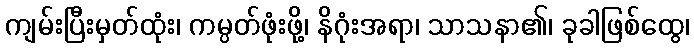
ကျမ်းပြီးမှတ်ထုံး၊ ကမ္ပတ်ဖုံးဖို့၊ နိဂုံးအရာ၊ သာသနာ၏၊ ခုခါဖြစ်ထွေ၊